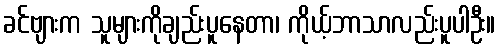
ခင်ဗျားက သူများကိုချည်းပူနေတာ၊ ကိုယ့်ဘာသာလည်းပူပါဦး။